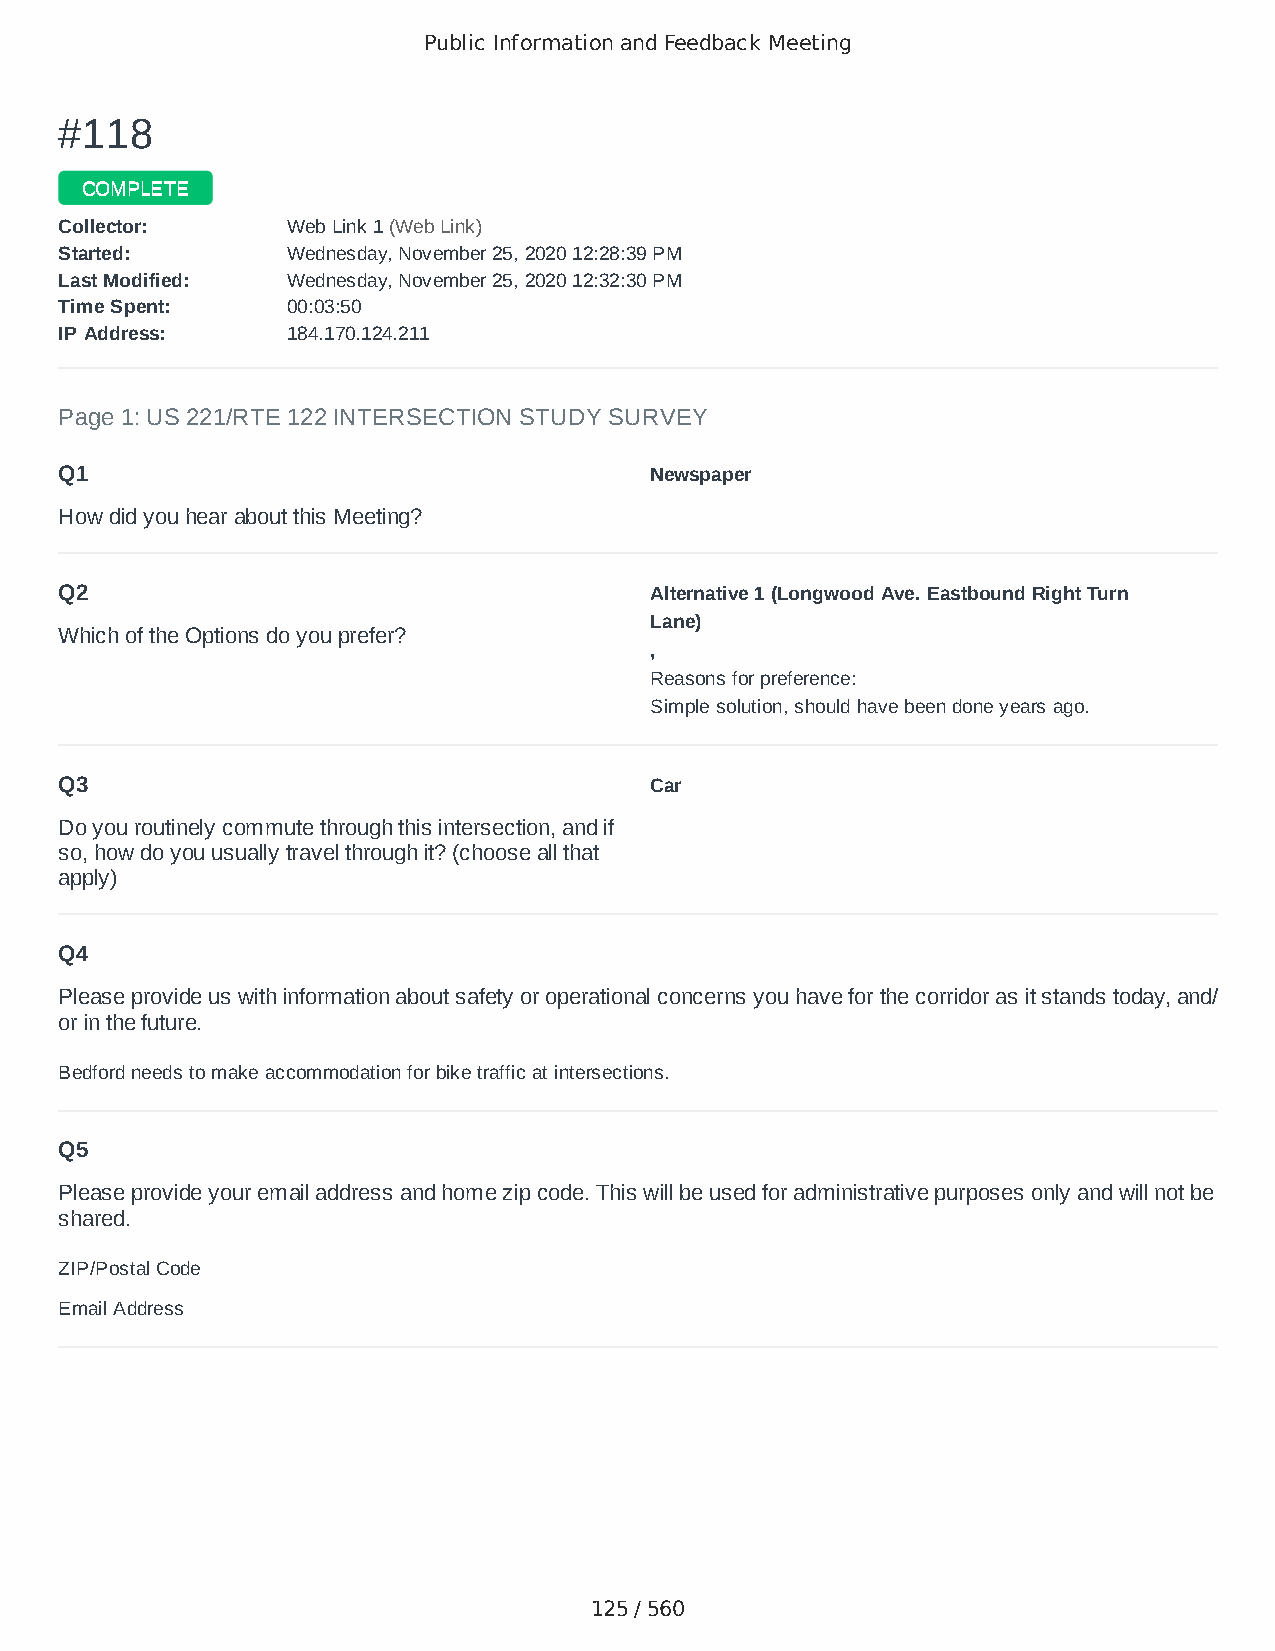
Public Information and Feedback Meeting
 ##111188
 CCOOMMPPLLEETTEE
 CCoolllleeccttoorr:: WWeebb LLiinnkk 11 ((WWeebb LLiinnkk))
 SSttaarrtteedd:: WWeeddnneessddaayy,, NNoovveemmbbeerr 2255,, 22002200 1122::2288::3399 PPMM
 LLaasstt MMooddiiffiieedd:: WWeeddnneessddaayy,, NNoovveemmbbeerr 2255,, 22002200 1122::3322::3300 PPMM
 TTiimmee SSppeenntt:: 0000::0033::5500
 IIPP AAddddrreessss:: 118844..117700..112244..221111
 Page 1: US 221/RTE 122 INTERSECTION STUDY SURVEY
 Q1                                     Newspaper
 How did you hear about this Meeting?
 Q2                                     Alternative 1 (Longwood Ave. Eastbound Right Turn
 Lane)
 Which of the Options do you prefer?
 ,
 Reasons for preference:
 Simple solution, should have been done years ago.
 Q3                                     Car
 Do you routinely commute through this intersection, and if
 so, how do you usually travel through it? (choose all that
 apply)
 Q4
 Please provide us with information about safety or operational concerns you have for the corridor as it stands today, and/
 or in the future.
 Bedford needs to make accommodation for bike traffic at intersections.
 Q5
 Please provide your email address and home zip code. This will be used for administrative purposes only and will not be
 shared.
 ZIP/Postal Code                        24523
 Email Address                          alexlinda117@gmail.com
 125 / 560